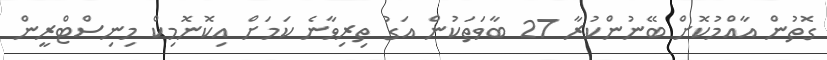
ގޮތުން އާއްމުކޮށް ބޭނުންކުރާ 27 ބާވަތަކުން އަގު ތިރިވާނެ ކަމަށް އިކޮނޮމިކް މިނިސްޓްރީން